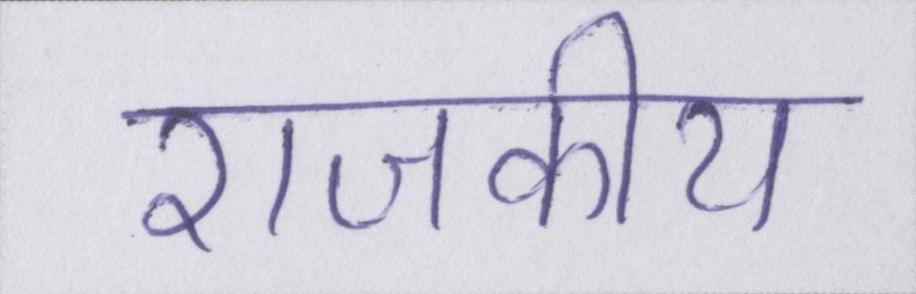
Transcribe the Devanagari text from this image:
राजकीय